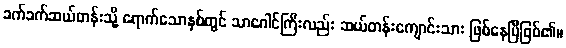
ခက်ခက်ဆယ်တန်းသို့ ရောက်သောနှစ်တွင် သာဂေါင်ကြီးလည်း ဆယ်တန်းကျောင်းသား ဖြစ်နေပြီဖြစ်၏။